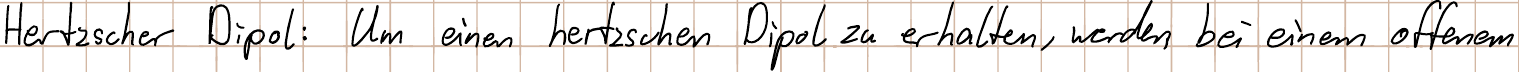
Hertzscher Dipol: Um einen hertzschen Dipol zu erhalten, werden bei einem offenem